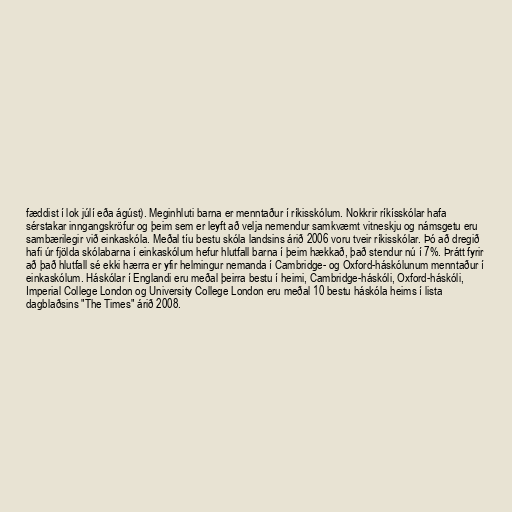
fæddist í lok júlí eða ágúst). Meginhluti barna er menntaður í ríkisskólum. Nokkrir ríkísskólar hafa
sérstakar inngangskröfur og þeim sem er leyft að velja nemendur samkvæmt vitneskju og námsgetu eru
sambærilegir við einkaskóla. Meðal tíu bestu skóla landsins árið 2006 voru tveir ríkisskólar. Þó að dregið
hafi úr fjölda skólabarna í einkaskólum hefur hlutfall barna í þeim hækkað, það stendur nú í 7%. Þrátt fyrir
að það hlutfall sé ekki hærra er yfir helmingur nemanda í Cambridge- og Oxford-háskólunum menntaður í
einkaskólum. Háskólar í Englandi eru meðal þeirra bestu í heimi, Cambridge-háskóli, Oxford-háskóli,
Imperial College London og University College London eru meðal 10 bestu háskóla heims í lista
dagblaðsins "The Times" árið 2008.